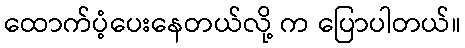
ထောက်ပံ့ပေးနေတယ်လို့ က ပြောပါတယ်။